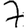
Digit: 7